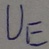
Text: UE